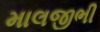
માલજીભી